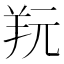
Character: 𦍘